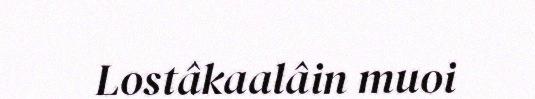
Lostâkaalâin muoi